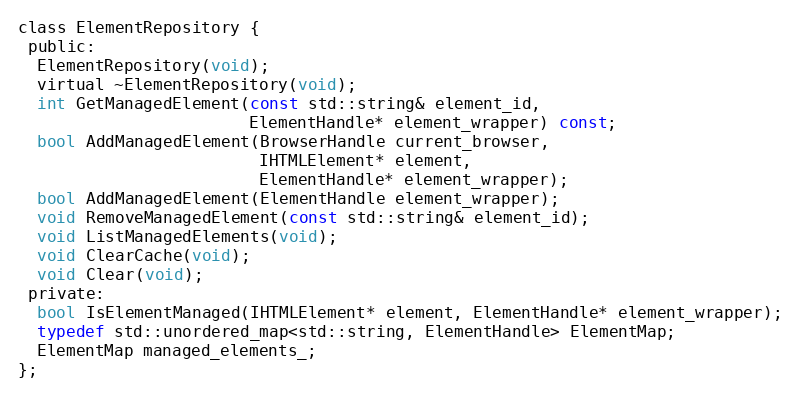
Language: C
class ElementRepository {
 public:
  ElementRepository(void);
  virtual ~ElementRepository(void);
  int GetManagedElement(const std::string& element_id,
                        ElementHandle* element_wrapper) const;
  bool AddManagedElement(BrowserHandle current_browser,
                         IHTMLElement* element,
                         ElementHandle* element_wrapper);
  bool AddManagedElement(ElementHandle element_wrapper);
  void RemoveManagedElement(const std::string& element_id);
  void ListManagedElements(void);
  void ClearCache(void);
  void Clear(void);
 private:
  bool IsElementManaged(IHTMLElement* element, ElementHandle* element_wrapper);
  typedef std::unordered_map<std::string, ElementHandle> ElementMap;
  ElementMap managed_elements_;
};